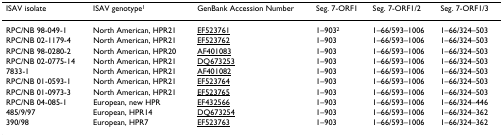
| ISAV isolate | ISAV genotype1 | GenBank Accession Number | Seg. 7-ORF1 | Seg. 7-ORF1/2 | Seg. 7-ORF1/3 |
 | --- | --- | --- | --- | --- | --- |
 | RPC/NB 98-049-1 | North American, HPR21 | EF523761 | 1–9032 | 1–66/593–1006 | 1–66/324–503 |
 | RPC/NB 02-1179-4 | North American, HPR21 | EF523762 | 1–903 | 1–66/593–1006 | 1–66/324–503 |
 | RPC/NB 98-0280-2 | North American, HPR20 | AF401083 | 1–903 | 1–66/593–1006 | 1–66/324–503 |
 | RPC/NB 02-0775-14 | North American, HPR21 | DQ673253 | 1–903 | 1–66/593–1006 | 1–66/324–503 |
 | 7833-1 | North American, HPR21 | AF401082 | 1–903 | 1–66/593–1006 | 1–66/324–503 |
 | RPC/NB 01-0593-1 | North American, HPR21 | EF523764 | 1–903 | 1–66/593–1006 | 1–66/324–503 |
 | RPC/NB 01-0973-3 | North American, HPR21 | EF523765 | 1–903 | 1–66/593–1006 | 1–66/324–503 |
 | RPC/NB 04-085-1 | European, new HPR | EF432566 | 1–903 | 1–66/593–1006 | 1–66/324–446 |
 | 485/9/97 | European, HPR14 | DQ673254 | 1–903 | 1–66/593–1006 | 1–66/324–362 |
 | 390/98 | European, HPR7 | EF523763 | 1–903 | 1–66/593–1006 | 1–66/324–362 |